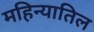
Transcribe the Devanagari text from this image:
महिन्यातिल